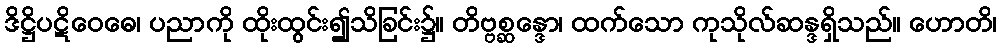
ဒိဋ္ဌိပဋိဝေဓေ၊ ပညာကို ထိုးထွင်း၍သိခြင်း၌။ တိဗ္ဗစ္ဆန္ဒော၊ ထက်သော ကုသိုလ်ဆန္ဒရှိသည်။ ဟောတိ၊